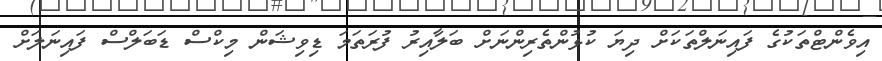
އިވެންޓްތަކުގެ ފައިނަލްތަކަށް ދިޔަ ކުޅުންތެރިންނަށް ބަލާއިރު ފުރަތަމަ ޑިވިޝަން މިކްސް ޑަބަލްސް ފައިނަލަށް